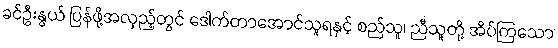
ခင်ဦးနွယ် ပြန်ဖို့အလှည့်တွင် ဒေါက်တာအောင်သူရနှင့် စည်သူ၊ ညီသူတို့ အိပ်ကြသော